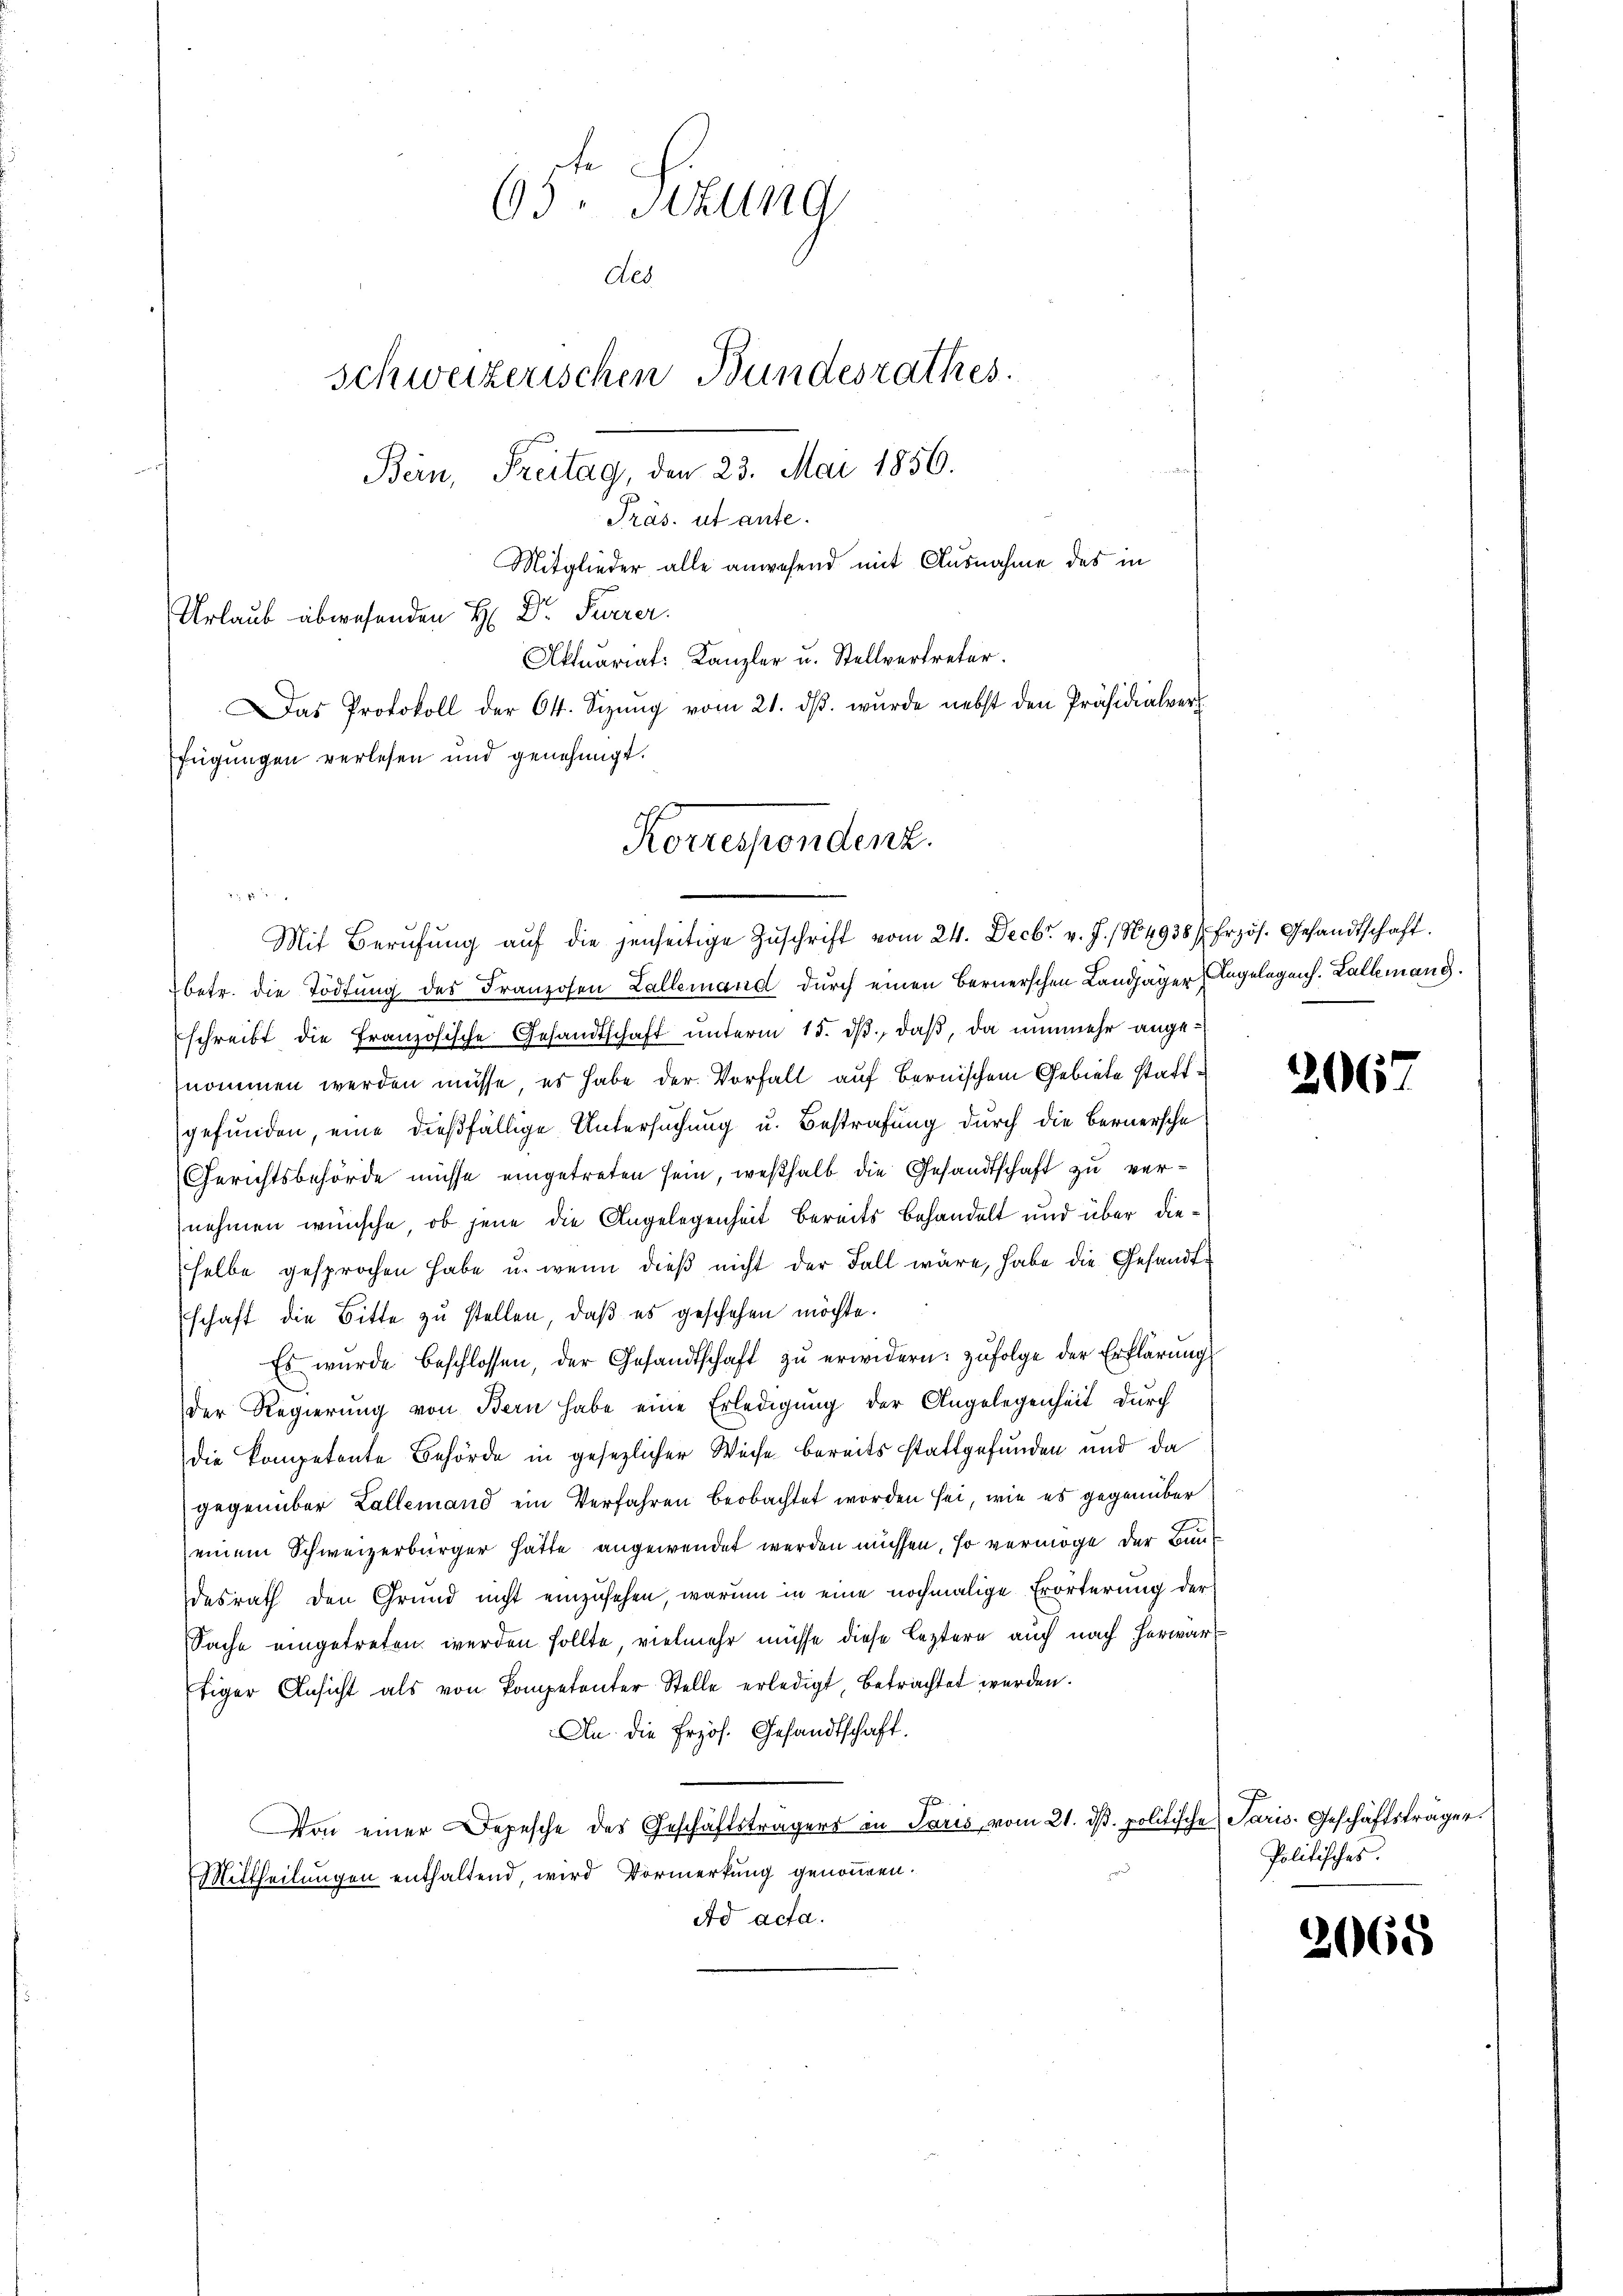
Urlaub abwesenden H: Dr. Furrer.
fügungen verlesen und genehmigt.
Korrespondenz.

Mit Berŭfŭng aŭf die jenseitige Zŭschrift vom 24. Decbr. v. J. 1864938 / frzös. Gesandtschaft.

63. Sekung
des
Schweizerischen Bundesrathes.
Bern, Freitag, den 23. Mai 1856.
Präs. ut ante.
Mitglieder alle anwesend mit Ausnahme des in

Aktuariat Kanzler u. Stellvertreter.
Das Protokoll der 64. Sizŭng vom 21. dβ. wurde nebst den Präsidialver

betr. die Tödtung des Franzosen Zallemand durch einen Bernerschen Landjäger Angelegens. Lallemand.
schreibt die französische Gesandtschaft ŭnterm 15. dβ, daβ, da nunmehr ange-
nommen werden müsse, es habe der Vorfall auf Bernischem Gebiete stattgefunden, eine dießfällige Untersuchung u. Bestrafung durch die Bernersche
Gerichtsbehörde müsse eingetreten sein, weßhalb die Gesandtschaft zu vernehmen wünsche, ob jene die Angelegenheit bereits behandelt und über dieselbe gesprochen habe u. wenn dieβ nicht der Fall wäre, habe die Gesandtschaft die Bitte zŭ stellen, daβ es geschehen möchte.
Es wurde beschlossen, der Gesandtschaft zŭ erwidern: zufolge der Erklärung
der Regierung von Bern habe eine Erledigung der Angelegenheit durch
die kompetente Behörde in gesezlicher Weise bereits stattgefunden und da
gegenüber Lallemand ein Verfahren beobachtet worden sei, wie es gegenüber
einem Schweizerbürger hatte angewendet werden müssen, so vermöge der Bundesrath den Grund nicht einzusehen, warum in eine nochmalige Erörterung der
Sache eingetreten werden sollte, vielmehr müsse diese leztere auch nach herwartiger Ansicht als von Kompetenter Stelle erledigt, betrachtet werden.
An die Erzös. Gesandtschaft.
Von einer Depesche des Geschäftsträgers in Paris vom 21. dβ. politische Paris. Geschäftsträger.
Mittheilungen enthaltend, wird Vormerkung genommen.
Ad acta.

206.

Politisches.

2068